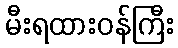
မီးရထားဝန်ကြီး